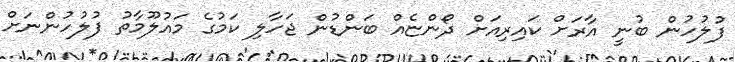
ފުލުހުން ބުނީ އާރަށް ކައިރިއަށް ދޯންޏެއް ބަންޑުން ޖަހާލި ކަމުގެ މައުލޫމާތު ފުލުހުންނަށް